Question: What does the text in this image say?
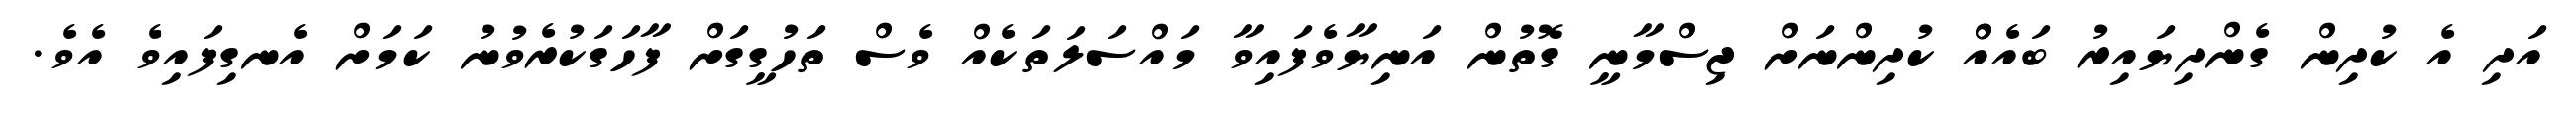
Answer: އަދި އެ ކުދިން ގެންދިޔައިރު ބައެއްް ކުދިންނަށް ޖިސްމާނީ ގޮތުން އަނިޔާވެފައިވާ މައްސަލަތަކެއް ވެސް ތަހުގީގަށް ފާހަގަކުރެވުނު ކަމަށް އެނގިފައިވެ އެވެ.